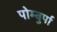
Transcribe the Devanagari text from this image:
पोम्बुर्पा